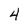
Character: 4